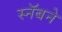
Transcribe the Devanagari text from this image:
स्नॅबने